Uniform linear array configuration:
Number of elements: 8
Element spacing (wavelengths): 0.5
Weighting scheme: binomial
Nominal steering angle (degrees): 30
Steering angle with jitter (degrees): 29.843
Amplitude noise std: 0.05
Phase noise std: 0.05

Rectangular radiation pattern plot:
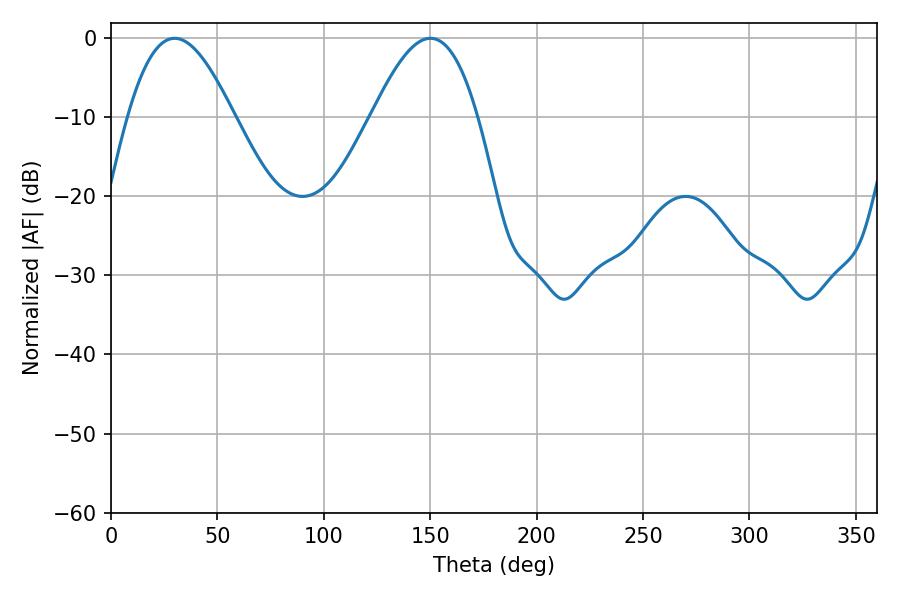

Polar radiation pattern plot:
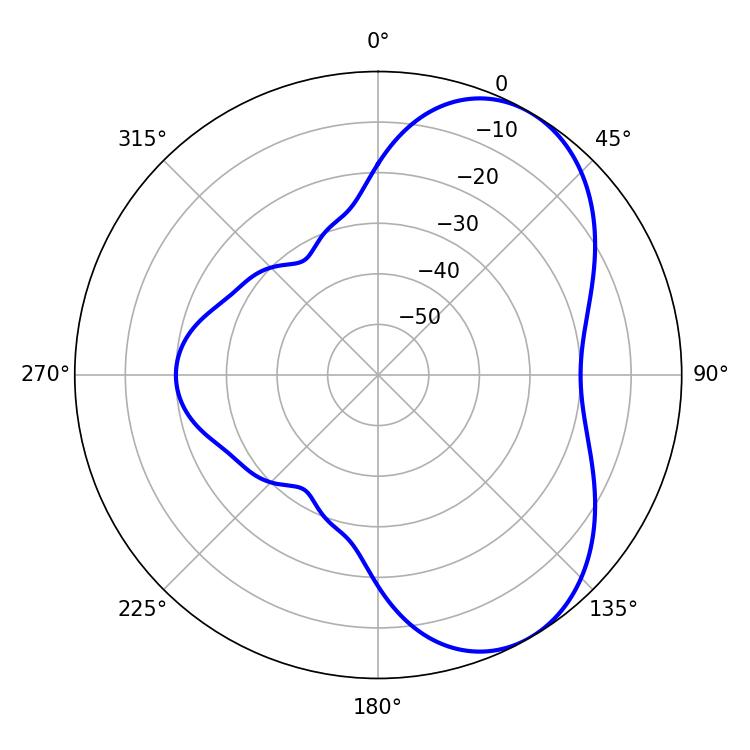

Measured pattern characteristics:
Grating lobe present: FALSE
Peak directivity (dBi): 5.747
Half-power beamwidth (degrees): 27
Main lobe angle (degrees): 29.88